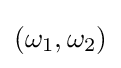
(\omega _{1},\omega _{2})